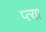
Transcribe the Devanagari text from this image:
प्त्या